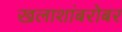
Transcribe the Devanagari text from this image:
खलाशांबरोबर